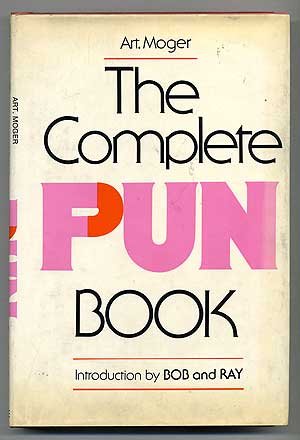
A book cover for The Complete Pun Book; Art Moger; Humor & Entertainment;